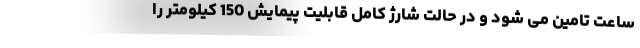
ساعت تامین می شود و در حالت شارژ کامل قابلیت پیمایش 150 کیلومتر را